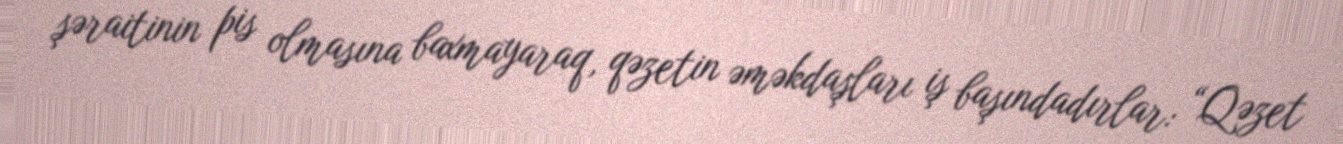
şəraitinin pis olmasına baxmayaraq, qəzetin əməkdaşları iş başındadırlar: “Qəzet